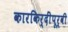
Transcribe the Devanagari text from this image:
कारकिर्दींपूर्वी